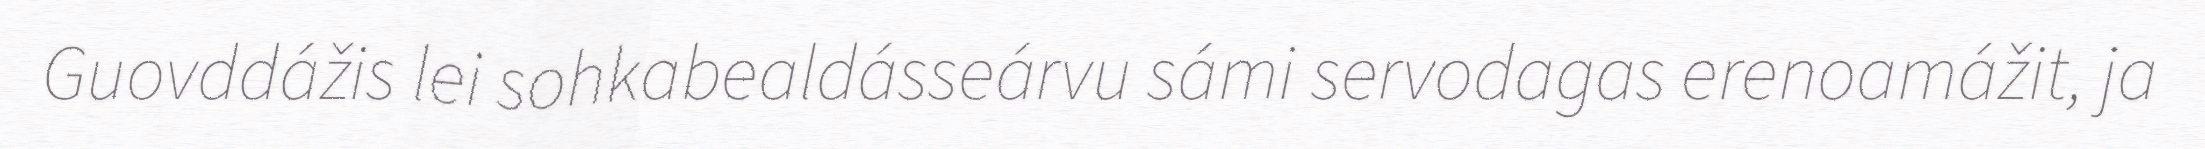
Guovddážis lei sohkabealdásseárvu sámi servodagas erenoamážit, ja